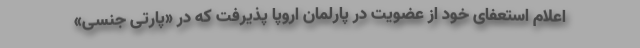
اعلام استعفای خود از عضویت در پارلمان اروپا پذیرفت که در «پارتی جنسی»